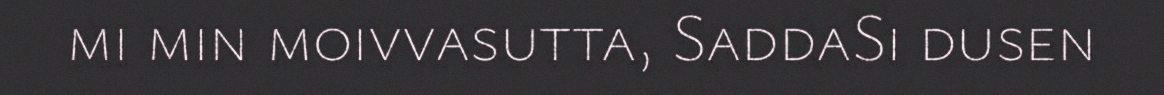
mi min moivvasutta, SaddaSi dusen